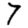
Digit: 7